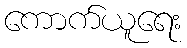
ကောက်ယူရေး